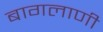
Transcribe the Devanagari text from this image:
बागलाणी